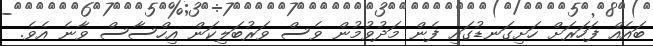
ބައެއް ފަހަރަށް ހަށިގަނޑުގައި ފެން މަދުވުމުން ވެސް ވަރުބަލިކަން އިހްސާސް ވާނެ އެވެ.